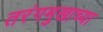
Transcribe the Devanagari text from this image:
तरंगमुखाच्या